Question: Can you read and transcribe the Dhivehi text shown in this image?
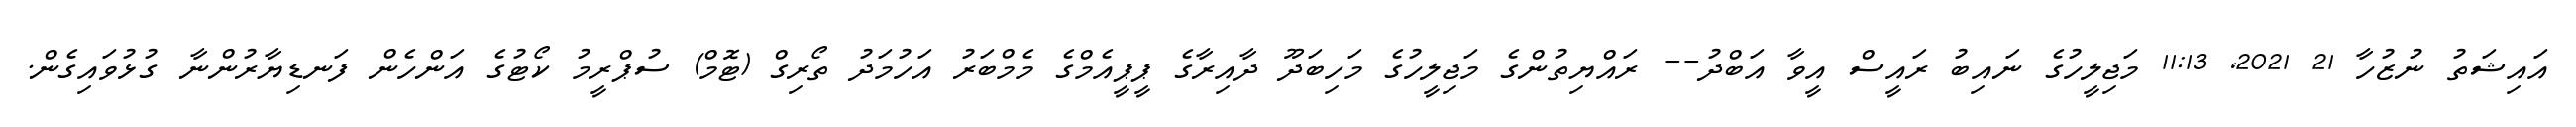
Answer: އައިޝަތު ނުޒުހާ 21 2021, 11:13 މަޖިލީހުގެ ނައިބު ރައީސް އީވާ އަބްދު-- ރައްޔިތުންގެ މަޖިލީހުގެ މަހިބަދޫ ދާއިރާގެ ޕީޕީއެމްގެ މެމްބަރު އަހުމަދު ތޯރިގް (ޓޮމް) ސުޕްރީމު ކޯޓުގެ އަންހެން ފަނޑިޔާރުންނާ ގުޅުވައިގެން.